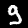
Label: 9